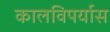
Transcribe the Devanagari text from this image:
कालविपर्यास